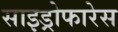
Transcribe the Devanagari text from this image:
साइड्रोफारेस